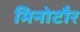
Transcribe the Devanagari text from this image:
मिनोटौर